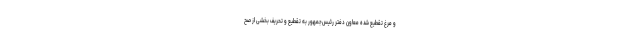
و مرغ تقطیع شده معاون دفتر رئیس‌جمهور به تقطیع و تحریف بخشی از صح